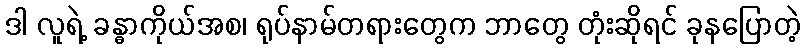
ဒါ လူရဲ့ ခန္ဓာကိုယ်အစ၊ ရုပ်နာမ်တရားတွေက ဘာတွေ တုံးဆိုရင် ခုနပြောတဲ့